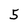
Character: 5